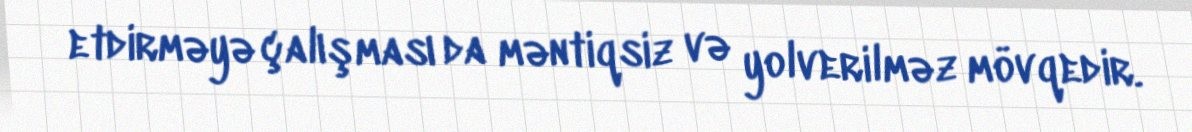
etdirməyə çalışması da məntiqsiz və yolverilməz mövqedir.